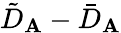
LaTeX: \tilde{D}_{\mathbf{A}}-\bar{D}_{\mathbf{A}}